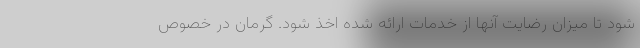
شود تا میزان رضایت آنها از خدمات ارائه شده اخذ شود. گرمان در خصوص